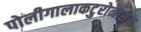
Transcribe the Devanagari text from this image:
पोलीगालाकटुरोनासेस